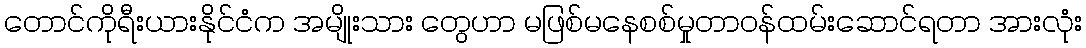
တောင်ကိုရီးယားနိုင်ငံက အမျိုးသား တွေဟာ မဖြစ်မနေစစ်မှုတာဝန်ထမ်းဆောင်ရတာ အားလုံး